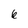
Character: 6